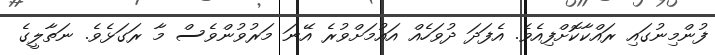
ފުންމިނުގައި ރައްކާކޮށްފިއެވެ. އެފަދަ ދުވަހެއް އައުމަށްވުރެ އޭނަ މަރުވުންވެސް މާ ރަގަޅެވެ. ނަތާލީގެ